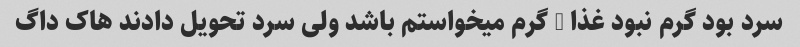
سرد بود گرم نبود غذا … گرم میخواستم باشد ولی سرد تحویل دادند هاک داگ